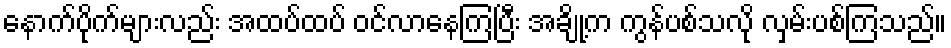
နောက်ပိုက်များလည်း အထပ်ထပ် ဝင်လာနေကြပြီး အချို့က ကွန်ပစ်သလို လှမ်းပစ်ကြသည်။